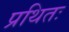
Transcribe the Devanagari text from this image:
प्रथितः